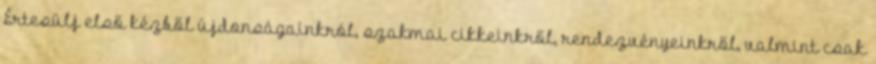
Értesülj első kézből újdonságainkról, szakmai cikkeinkről, rendezvényeinkről, valmint csak